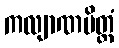
ကလျာဏမိတ္တံ